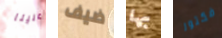
علينا ضيف بها فكتور